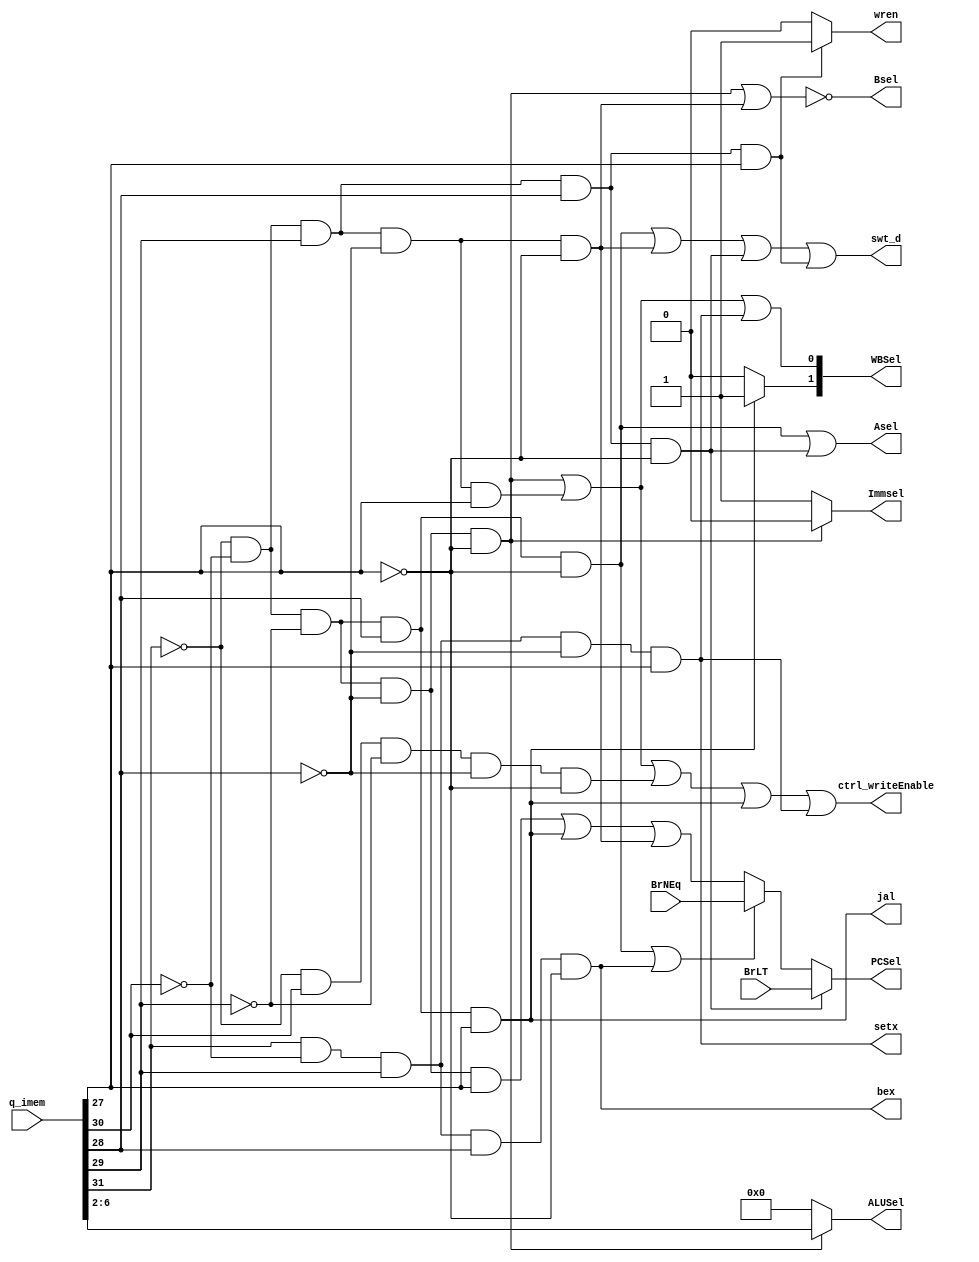
module ConLogic(
	q_imem,Immsel,ctrl_writeEnable,Bsel,ALUSel,
	wren,WBSel,PCSel,BrNEq,BrLT,Asel, setx, bex, jal, swt_d
);
	input [31:0] q_imem;
	input BrNEq, BrLT;
	output Immsel,ctrl_writeEnable,Bsel,wren,PCSel,Asel,bex, setx,jal, swt_d;
	output [1:0] WBSel;
	output [4:0] ALUSel;
	
	// add, addi [1]
	wire de_code[10:0];
	and a0(de_code[0], ~q_imem[31], ~q_imem[30], ~q_imem[29], ~q_imem[28], ~q_imem[27]); // add[0]
	and a1(de_code[1], ~q_imem[31], ~q_imem[30], q_imem[29], ~q_imem[28], q_imem[27]); // addi[1]
	and a2(de_code[2], ~q_imem[31], ~q_imem[30], q_imem[29], q_imem[28], q_imem[27]); // sw[2]
	and a3(de_code[3], ~q_imem[31], q_imem[30], ~q_imem[29], ~q_imem[28], ~q_imem[27]); // lw[3]
	and a4(de_code[4], ~q_imem[31], ~q_imem[30], ~q_imem[29], ~q_imem[28], q_imem[27]); // jt[4]
	and a5(de_code[5], ~q_imem[31], ~q_imem[30], ~q_imem[29], q_imem[28], ~q_imem[27]); // bne[5]
	and a6(de_code[6], ~q_imem[31], ~q_imem[30], ~q_imem[29], q_imem[28], q_imem[27]); // jal[6]
	and a7(de_code[7], ~q_imem[31], ~q_imem[30], q_imem[29], ~q_imem[28], ~q_imem[27]); // jr[7]
	and a8(de_code[8], ~q_imem[31], ~q_imem[30], q_imem[29], q_imem[28], ~q_imem[27]); // blt[8]
	and a9(de_code[9], q_imem[31], ~q_imem[30], q_imem[29], q_imem[28], ~q_imem[27]); // bex[9]
	and a10(de_code[10], q_imem[31], ~q_imem[30], q_imem[29], ~q_imem[28], q_imem[27]); // setx[10]
	
	assign Immsel = de_code[0] ? 1'b0 : 1'b1;
	or wren_or(ctrl_writeEnable, de_code[0], de_code[1], de_code[3], de_code[6], de_code[10]); //add addi lw jal setx
	
	wire Bsel_;
	or bsel_o(Bsel_, de_code[0], de_code[7]);
	assign Bsel = ~Bsel_;
	
	assign ALUSel = de_code[0] ? q_imem[6:2] : 5'b00000;
	assign wren = de_code[2] ? 1'b1 : 1'b0;
	assign WBSel[1] = de_code[6] ? 1'b1 : 1'b0;
	or wbsel_o(WBSel[0], de_code[0], de_code[1], de_code[10]);//add addi setx
	
	wire PCsel1, PCSel2, ne;
	or o_PCsel(PCsel1, de_code[4], de_code[6], de_code[7]); // jt jal jr
	or o_ne(ne, de_code[5], de_code[9]);
	assign PCSel2 =  ne ? BrNEq : PCsel1; //bne, bex
	assign PCSel =  de_code[8] ? BrLT : PCSel2; //blt
	or o_Asel(Asel , de_code[5], de_code[8]); //bne blt
	assign setx = de_code[10];
	assign bex = de_code[9];
	assign jal = de_code[6];
	//bne jr blt sw
	or switch_o(swt_d, de_code[5], de_code[7],de_code[8], de_code[2]);
	
endmodule